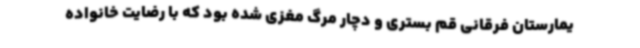
یمارستان فرقانی قم بستری و دچار مرگ مغزی شده بود که با رضایت خانواده